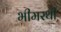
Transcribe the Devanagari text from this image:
भीमरथी